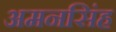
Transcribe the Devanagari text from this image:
अमनसिंह